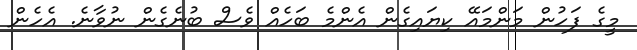
މީގެ ފަހުން މަންމައޭ ކިޔައިގެން އެންމެ ބަހެއް ވެސް ބުނެގެން ނުވާނެ. އެހެން